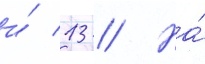
и́ 13 // На́